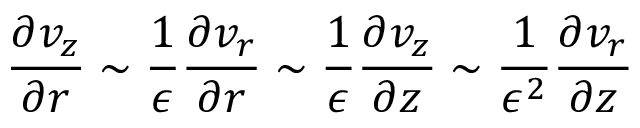
\frac { \partial v _ { z } } { \partial r } \sim \frac { 1 } { \epsilon } \frac { \partial v _ { r } } { \partial r } \sim \frac { 1 } { \epsilon } \frac { \partial v _ { z } } { \partial z } \sim \frac { 1 } { \epsilon ^ { 2 } } \frac { \partial v _ { r } } { \partial z }